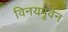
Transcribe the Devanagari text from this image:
विनयपूर्वन